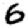
Digit: 6